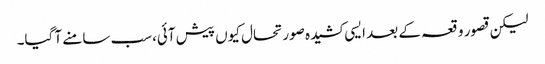
لیکن قصور وقعہ کے بعد ایسی کشیدہ صورتحال کیوں پیش آئی،سب سامنے آ گیا۔